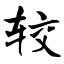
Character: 较